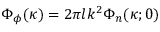
\begin{array} { r } { \Phi _ { \phi } ( \boldsymbol { \kappa } ) = 2 \pi l k ^ { 2 } \Phi _ { n } ( \boldsymbol { \kappa } ; 0 ) } \end{array}